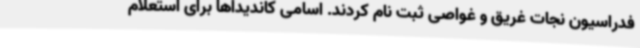
فدراسیون نجات غریق و غواصی ثبت نام کردند. اسامی کاندیداها برای استعلام